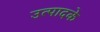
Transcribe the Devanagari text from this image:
उत्पादके